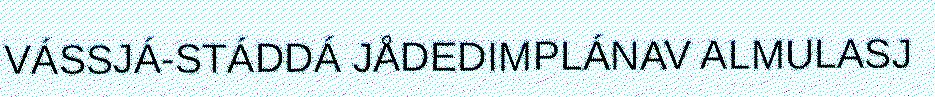
VÁSSJÁ-STÁDDÁ JÅDEDIMPLÁNAV ALMULASJ